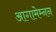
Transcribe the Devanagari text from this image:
आगामेम्नन